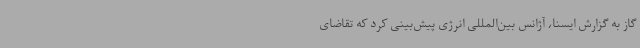
گاز به گزارش ایسنا، آژانس بین‌المللی انرژی پیش‌بینی کرد که تقاضای